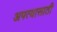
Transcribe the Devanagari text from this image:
अपत्यासाठी